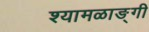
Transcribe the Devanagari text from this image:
श्यामळाङ्गी